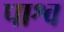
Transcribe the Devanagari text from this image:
पाश्व